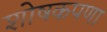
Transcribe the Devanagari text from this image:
शोषकपणा